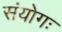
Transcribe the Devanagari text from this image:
संयोगः